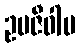
ဥပဇီဝါမ